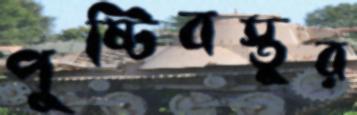
পুষ্টিবস্তুর